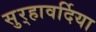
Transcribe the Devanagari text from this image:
सुर्‍हावर्दिया